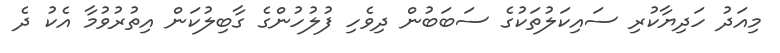
މިއަދު ހަދިޔާކުރި ސައިކަލުތަކުގެ ސަބަބުން ދިވެހި ފުލުހުންގެ ގާބިލުކަން އިތުރުވުމާ އެކު ދެ